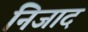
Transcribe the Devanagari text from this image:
निजाद